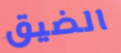
الضيق